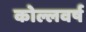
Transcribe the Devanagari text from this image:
कोल्लवर्ष